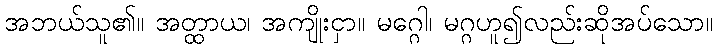
အဘယ်သူ၏။ အတ္ထာယ၊ အကျိုးငှာ။ မဂ္ဂေါ၊ မဂ္ဂဟူ၍လည်းဆိုအပ်သော။